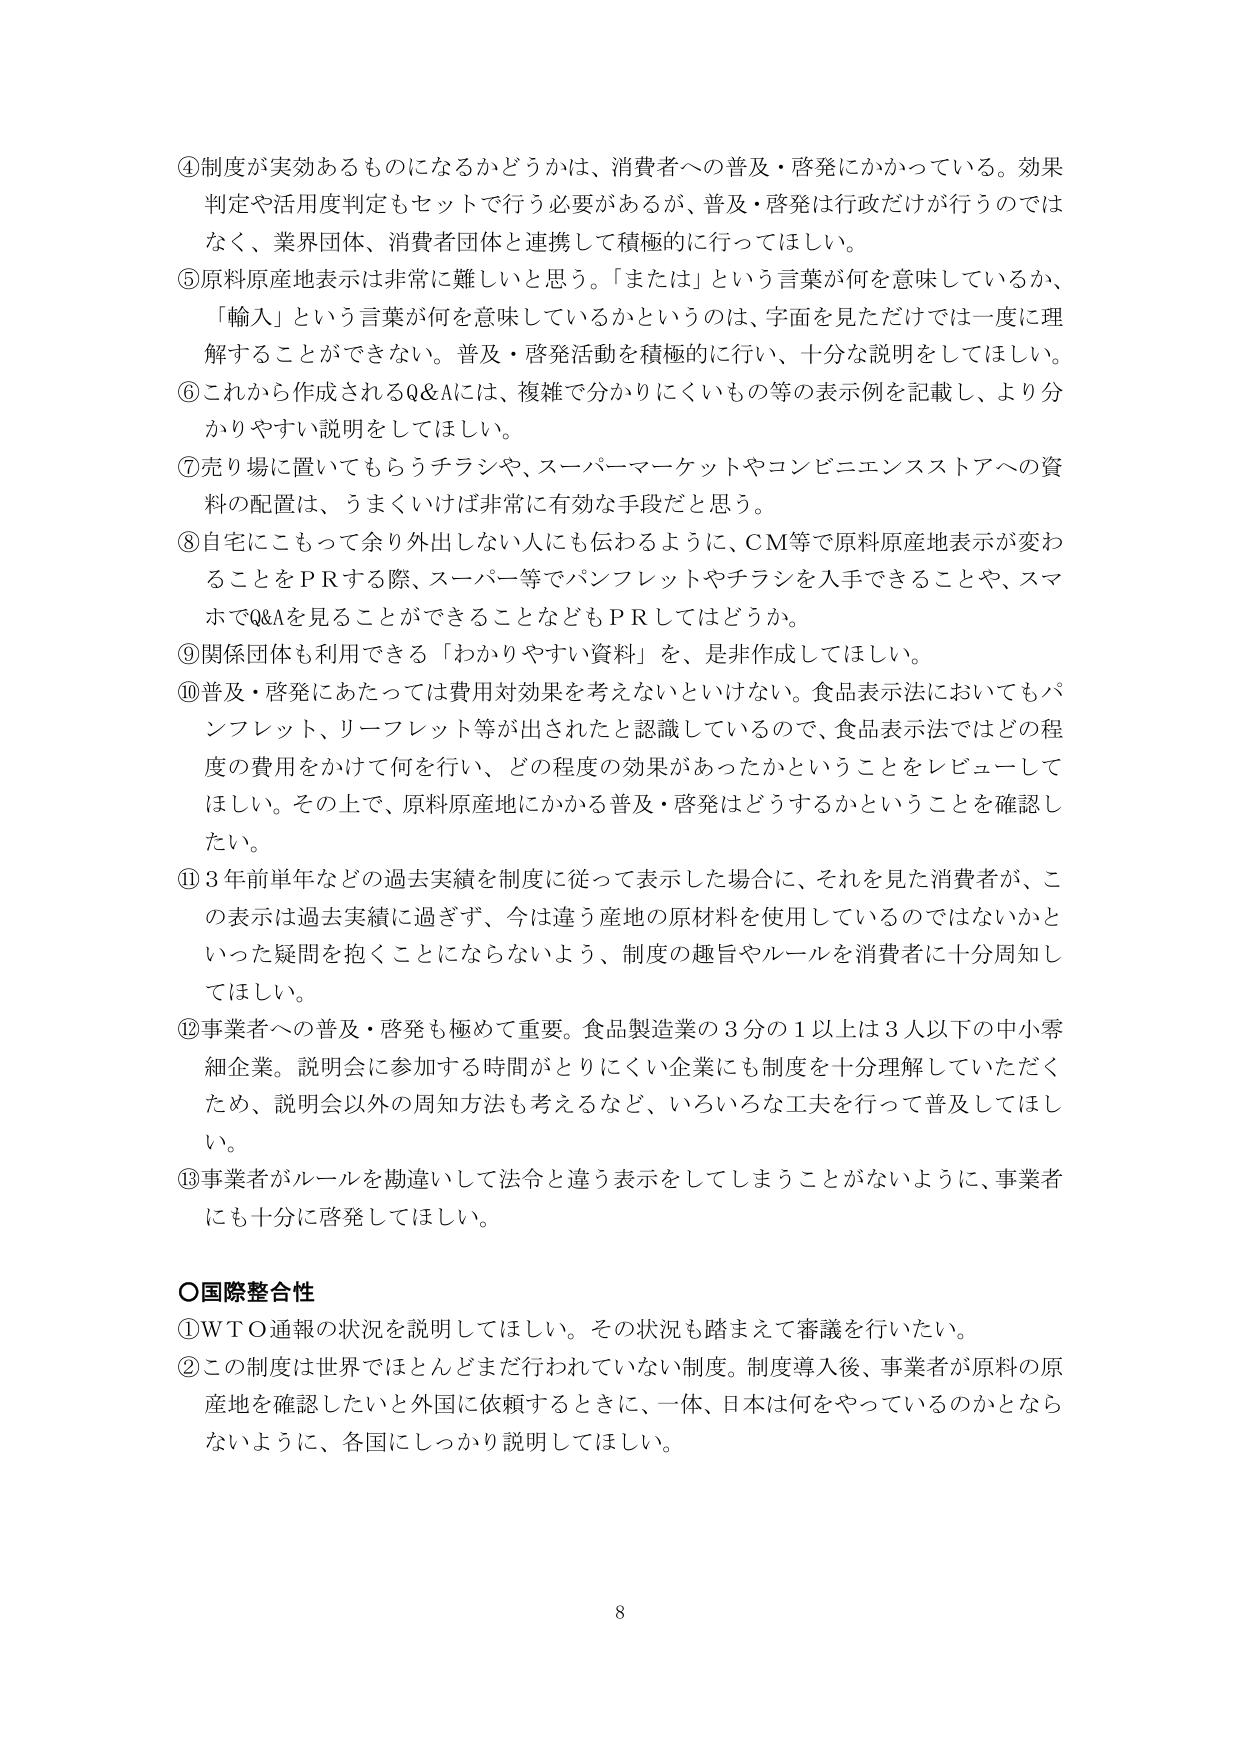
④制度が実効あるものになるかどうかは、消費者への普及・啓発にかかっている。効果判定や活用度判定もセットで行う必要があるが、普及・啓発は行政だけが行うのではなく、業界団体、消費者団体と連携して積極的に行ってほしい。

⑤原料原産地表示は非常に難しいと思う。「または」という言葉が何を意味しているか、「輸入」という言葉が何を意味しているかというのは、字面を見ただけでは一度に理解することができない。普及・啓発活動を積極的に行い、十分な説明をしてほしい。

⑥これから作成されるQ&Aには、複雑で分かりにくいもの等の表示例を記載し、より分かりやすい説明をしてほしい。

⑦売り場に置いてもらうチラシや、スーパーマーケットやコンビニエンスストアへの資料の配置は、うまくいけば非常に有効な手段だと思う。

⑧自宅にこもって余り外出しない人にも伝わるように、CM等で原料原産地表示が変わることをPRする際、スーパー等でパンフレットやチラシを入手できることや、スマホでQ&Aを見ることができることなどもPRしてはどうか。

⑨関係団体も利用できる「わかりやすい資料」を、是非作成してほしい。

⑩普及・啓発にあたっては費用対効果を考えないといけない。食品表示法においてもパンフレット、リーフレット等が出されたと認識しているので、食品表示法ではどの程度の費用をかけて何を行い、どの程度の効果があったかということをレビューしてほしい。その上で、原料原産地にかかる普及・啓発はどうするかということを確認したい。

⑪3年前半年などの過去実績を制度に従って表示した場合に、それを見た消費者が、この表示は過去実績に過ぎず、今は違う産地の原材料を使用しているのではないかといった疑問を抱くことにならないよう、制度の趣旨やルールを消費者に十分周知してほしい。

⑫事業者への普及・啓発も極めて重要。食品製造業の3分の1以上は3人以下の中小零細企業。説明会に参加する時間がとりにくい企業にも制度を十分理解していただくため、説明会以外の周知方法も考えるなど、いろいろな工夫を行って普及してほしい。

⑬事業者がルールを勘違いして法令と違う表示をしてしまうことがないように、事業者にも十分に啓発してほしい。

○国際整合性

①WTO通報の状況を説明してほしい。その状況も踏まえて審議を行いたい。

②この制度は世界ではほとんどまだ行われていない制度。制度導入後、事業者が原料の原産地を確認したいと外国に依頼するときに、一体、日本は何をやっているのかとならないように、各国にしっかり説明してほしい。

8